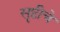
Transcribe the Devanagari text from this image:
सॄष्टीचे